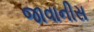
જાવાનીસ